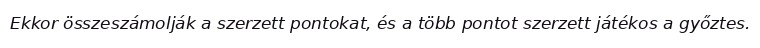
Ekkor összeszámolják a szerzett pontokat, és a több pontot szerzett játékos a győztes.